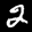
Label: 2